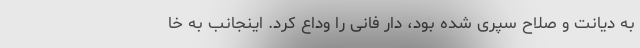
به دیانت و صلاح سپری شده بود، دار فانی را وداع کرد. اینجانب به خا